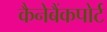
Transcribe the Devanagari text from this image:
कैनेबैंकपोर्ट